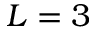
L = 3